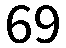
69